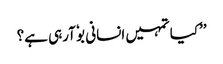
’’کیا تمہیں انسانی بوٗ آرہی ہے؟